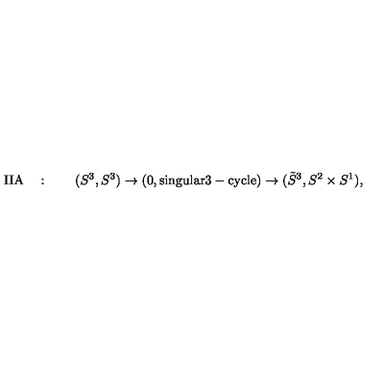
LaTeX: \mathrm { I I A } \quad : \qquad ( S ^ { 3 } , S ^ { 3 } ) \to ( 0 , \mathrm { s i n g u l a r 3 - c y c l e } ) \to ( \tilde { S } ^ { 3 } , S ^ { 2 } \times S ^ { 1 } ) ,